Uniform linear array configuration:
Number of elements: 12
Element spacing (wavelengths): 0.25
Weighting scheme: kaiser
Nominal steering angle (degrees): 30
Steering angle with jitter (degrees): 28.431
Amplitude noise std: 0.05
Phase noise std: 0.05

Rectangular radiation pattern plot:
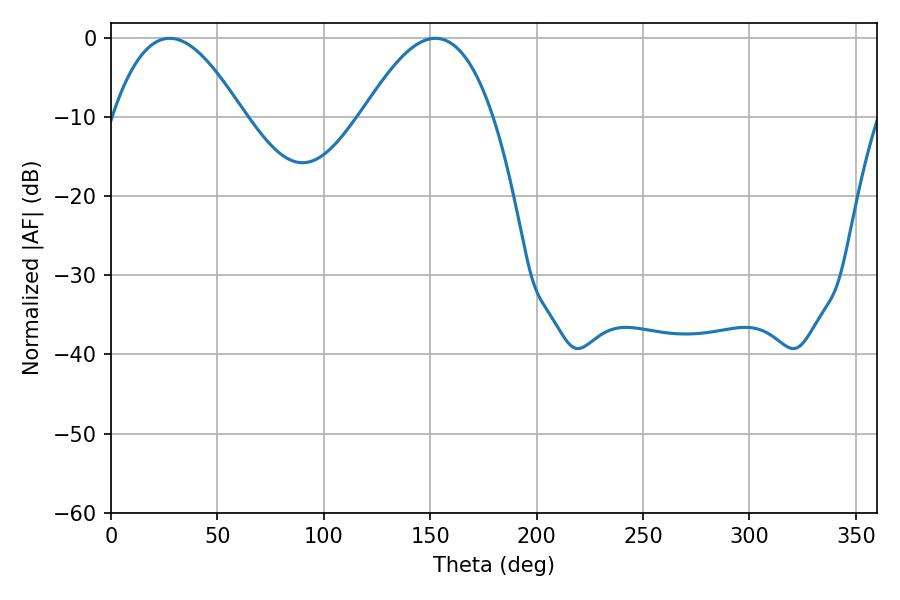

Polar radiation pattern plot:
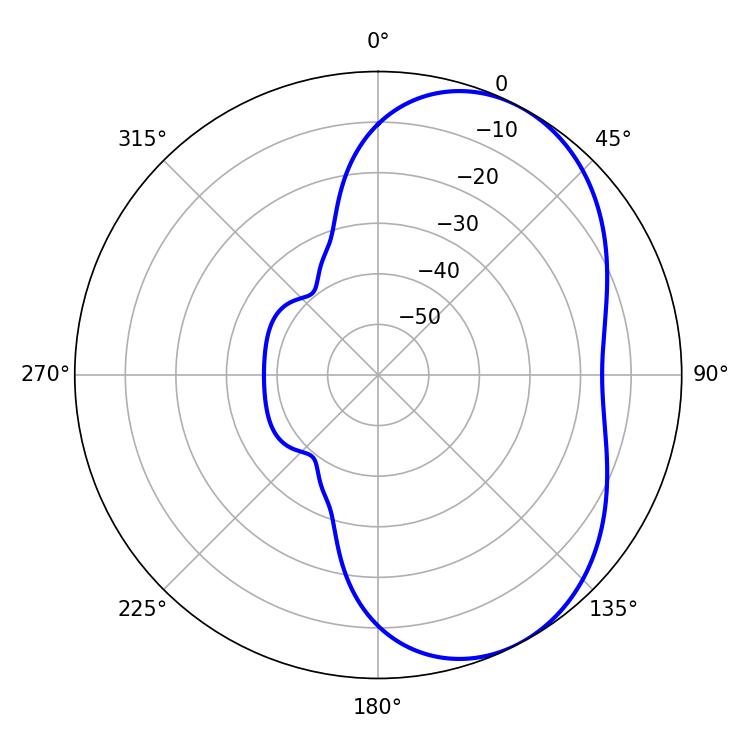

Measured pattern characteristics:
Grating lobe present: FALSE
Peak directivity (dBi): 4.969
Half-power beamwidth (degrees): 33.48
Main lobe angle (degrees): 152.46